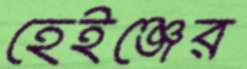
হেইঞ্জের